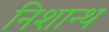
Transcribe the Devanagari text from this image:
निशान्थ